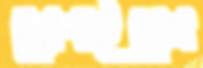
ছোপাইবেন